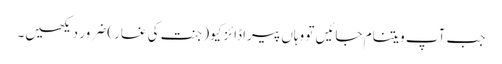
جب آپ ویتنام جائیں تو وہاں پیراڈائز کیو(جنت کی غار) ضرور دیکھیں۔